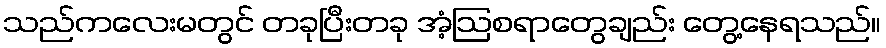
သည်ကလေးမတွင် တခုပြီးတခု အံ့ဩစရာတွေချည်း တွေ့နေရသည်။